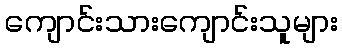
ကျောင်းသားကျောင်းသူများ